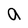
Character: a